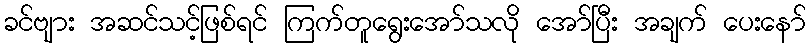
ခင်ဗျား အဆင်သင့်ဖြစ်ရင် ကြက်တူရွေးအော်သလို အော်ပြီး အချက် ပေးနော်